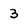
Character: 3